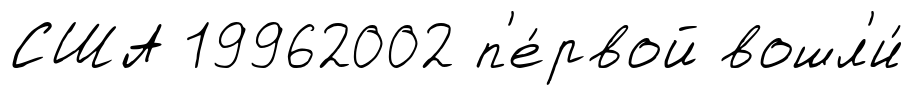
США 19962002 п'е́рвой вошл'и́